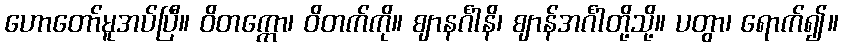
ဟောတော်မူအပ်ပြီ။ ဝိတက္ကော၊ ဝိတက်ကို။ ဈာနင်္ဂါနိ၊ ဈာန်အင်္ဂါတို့သို့။ ပတွာ၊ ရောက်၍။